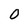
Character: 0